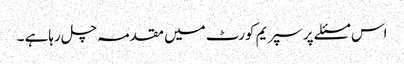
اس مسئلے پر سپریم کورٹ میں مقدمہ چل رہاہے ۔